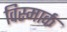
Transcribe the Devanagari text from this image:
विस्मार्क